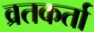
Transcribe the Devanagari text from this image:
व्रतकर्ता